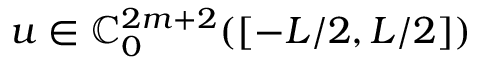
u \in \mathbb { C } _ { 0 } ^ { 2 m + 2 } ( [ - L / 2 , L / 2 ] )